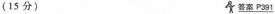
（15分） 答案 P391